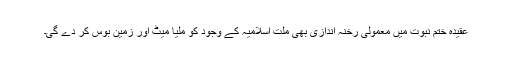
عقیدہ ختم نبوت میں معمولی رخنہ اندازی بھی ملت اسلامیہ کے وجود کو ملیا میٹ اور زمین بوس کر دے گی۔